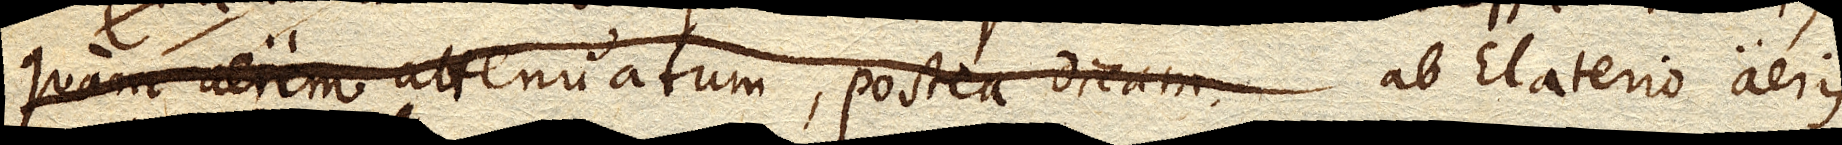
quam aerem attenuatum, postea dicam, ab Elaterio aeris